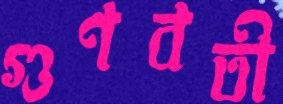
গুণবতী